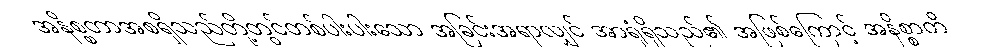
အနိစ္စတာအစရှိသည်တို့တွင်တစ်ပါးပါးသော အခြင်းအရာလျှင် အာရုံရှိသည်၏ အဖြစ်ကြောင့် အနိစ္စာတိ